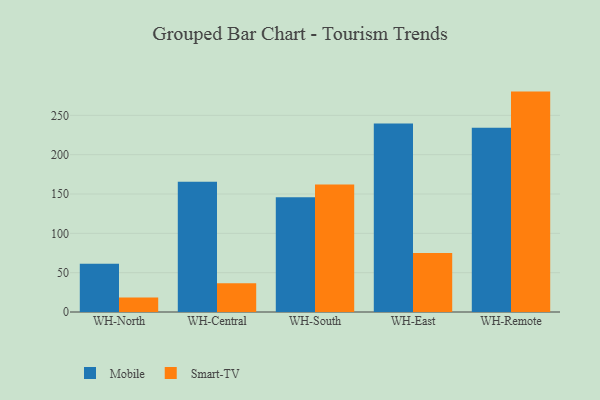
{"axis": {"x": "Warehouse", "y": "LTV (USD)"}, "legend": ["Mobile", "Smart-TV"], "data": [{"x": "WH-North", "y": 61.5, "type": "Mobile"}, {"x": "WH-North", "y": 18.3, "type": "Smart-TV"}, {"x": "WH-Central", "y": 165.6, "type": "Mobile"}, {"x": "WH-Central", "y": 36.4, "type": "Smart-TV"}, {"x": "WH-South", "y": 146.0, "type": "Mobile"}, {"x": "WH-South", "y": 162.0, "type": "Smart-TV"}, {"x": "WH-East", "y": 239.5, "type": "Mobile"}, {"x": "WH-East", "y": 75.0, "type": "Smart-TV"}, {"x": "WH-Remote", "y": 234.2, "type": "Mobile"}, {"x": "WH-Remote", "y": 280.2, "type": "Smart-TV"}]}